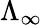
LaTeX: \Lambda_{\infty}